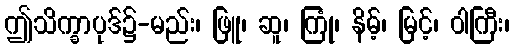
ဤသိက္ခာပုဒ်၌-မည်း၊ ဖြူ၊ ဆူ၊ ကြုံ၊ နိမ့်၊ မြင့်၊ ဝါကြီး၊